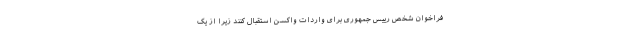
فراخوان شخص رییس جمهوری برای واردات واکسن استقبال کنند زیرا از یک